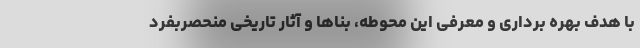
با هدف بهره برداری و معرفی این محوطه، بناها و آثار تاریخی منحصربفرد